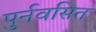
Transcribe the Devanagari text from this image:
पुर्नवसित